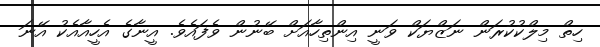
ހިތް މިލްކުކުރަން ނަޒްޔަކް ވަނީ އިންތިހާއަށް ބޭނުން ވެފައެވެ. އީނާގެ އެހީއާއެކު އޭނަ